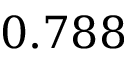
0 . 7 8 8